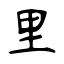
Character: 里